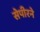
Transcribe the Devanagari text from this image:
सेपीरने